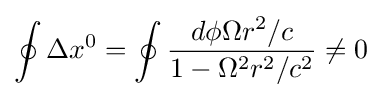
\oint \Delta x^{0}=\oint {\frac {d\phi \Omega r^{2}/c}{1-\Omega ^{2}r^{2}/c^{2}}}\neq 0